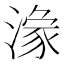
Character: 𱨘